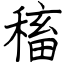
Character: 稸